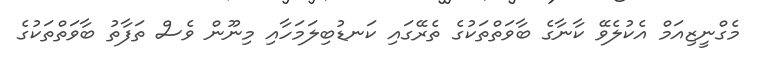
މެގްނީޒިއަމް އެކުލެވޭ ކާނާގެ ބާވަތްތަކުގެ ތެރޭގައި ކަނޑުބިލަމަހާއި މިނޫން ވެސް ތަފާތު ބާވަތްތަކުގެ